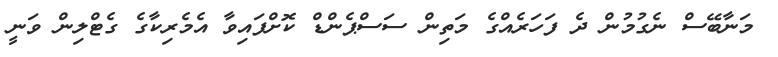
މަނާބޭސް ނެގުމުން ދެ ފަހަރެއްގެ މަތިން ސަސްޕެންޑް ކޮށްފައިވާ އެމެރިކާގެ ގެޓްލިން ވަނީ